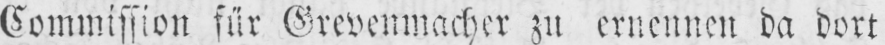
Commission für Grevenmacher zu ernennen da dort